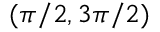
( \pi / 2 , 3 \pi / 2 )